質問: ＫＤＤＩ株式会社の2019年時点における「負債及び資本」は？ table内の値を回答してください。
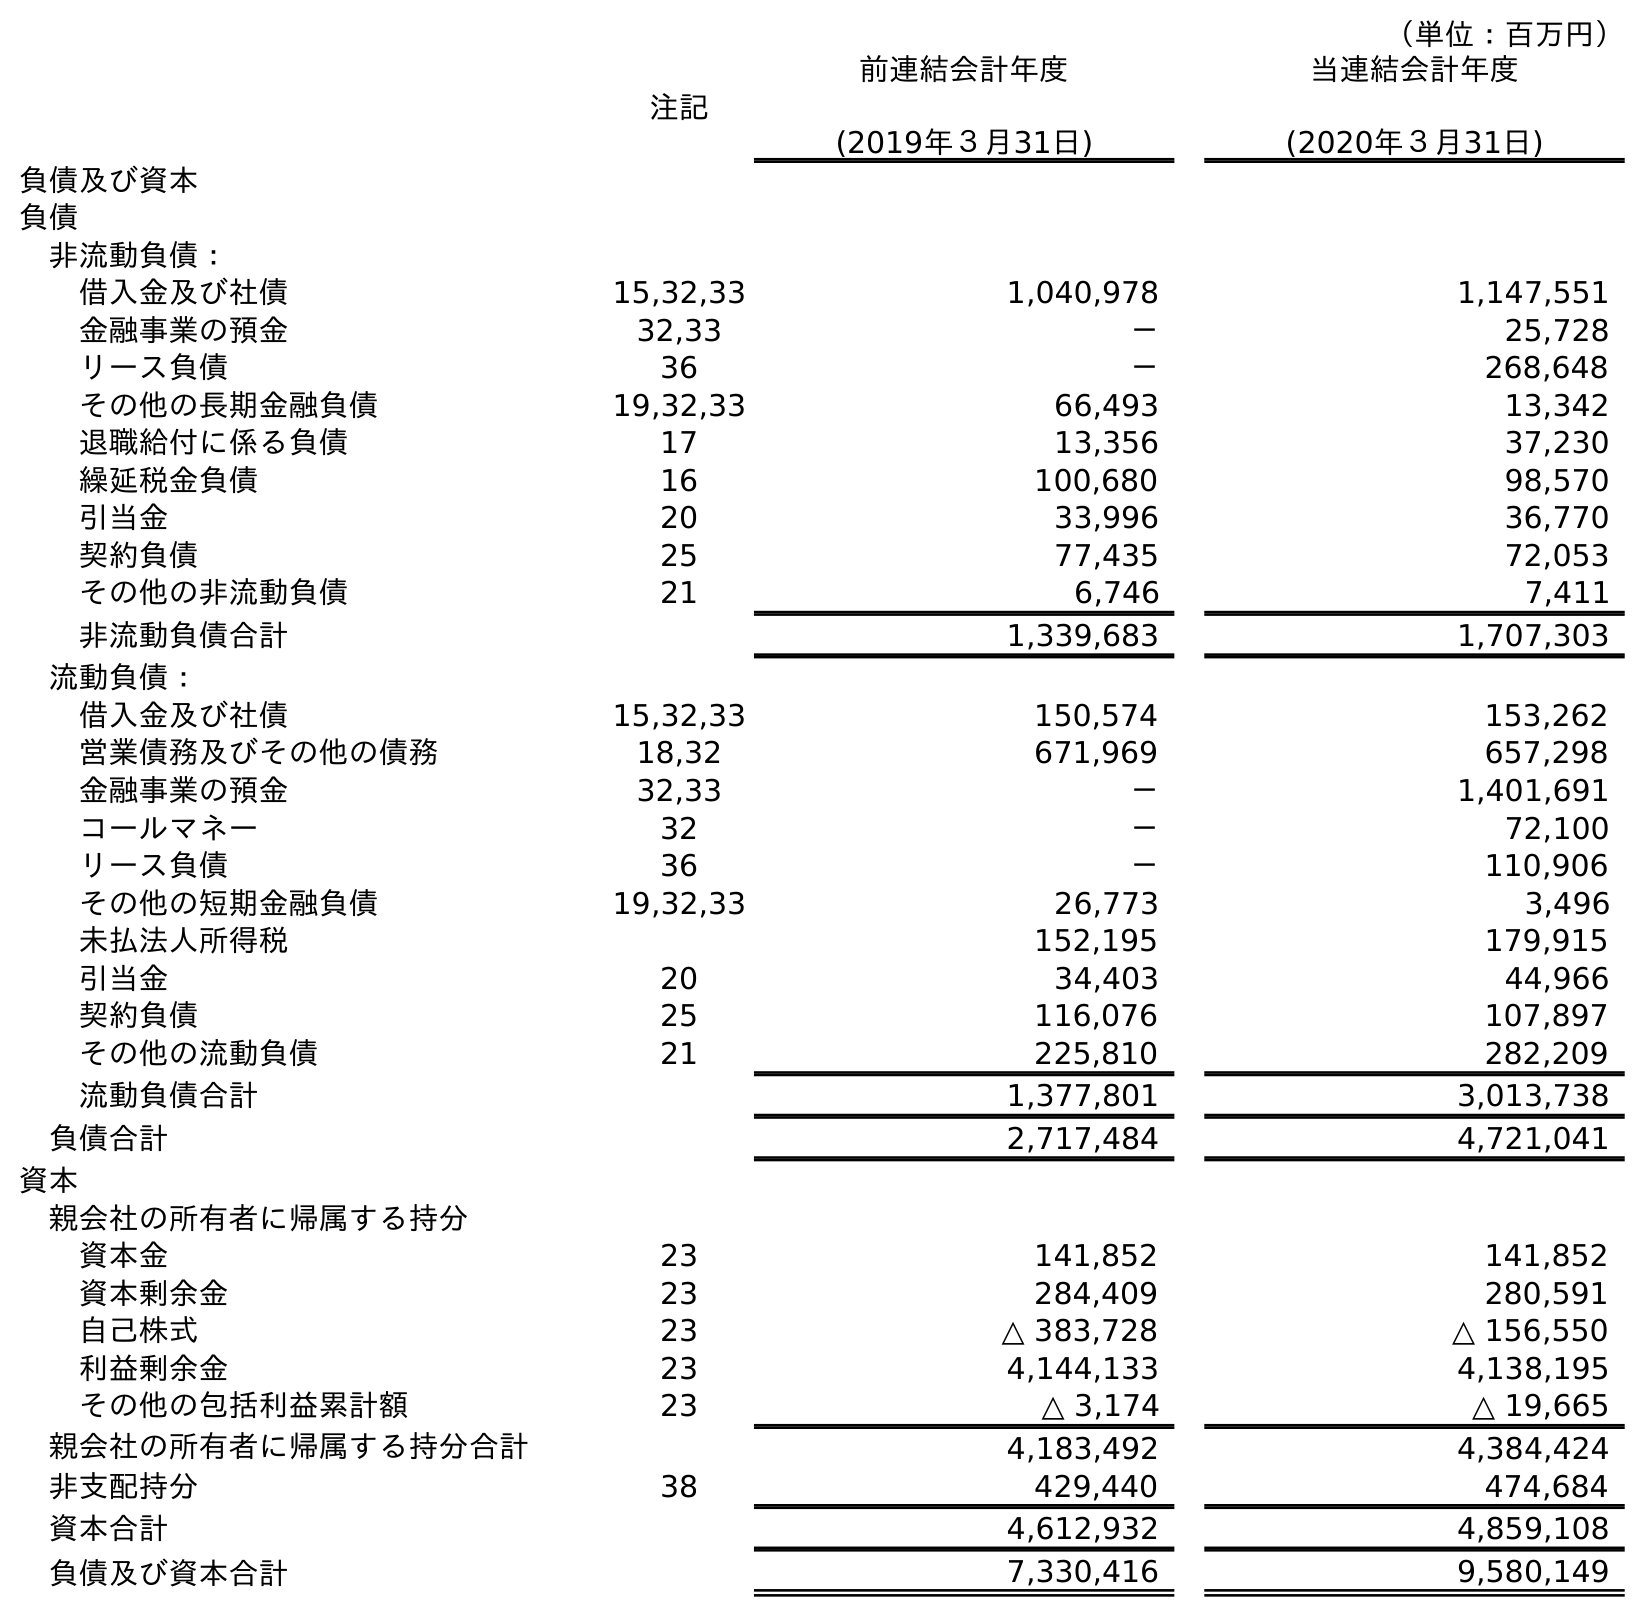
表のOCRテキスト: （単位：百万円） 注記 前連結会計年度 (2019年３月31日) 当連結会計年度 (2020年３月31日) 負債及び資本 負債 非流動負債： 借入金及び社債 15,32,33 1,040,978 1,147,551 金融事業の預金 32,33 － 25,728 リース負債 36 － 268,648 その他の長期金融負債 19,32,33 66,493 13,342 退職給付に係る負債 17 13,356 37,230 繰延税金負債 16 100,680 98,570 引当金 20 33,996 36,770 契約負債 25 77,435 72,053 その他の非流動負債 21 6,746 7,411 非流動負債合計 1,339,683 1,707,303 流動負債： 借入金及び社債 15,32,33 150,574 153,262 営業債務及びその他の債務 18,32 671,969 657,298 金融事業の預金 32,33 － 1,401,691 コールマネー 32 － 72,100 リース負債 36 － 110,906 その他の短期金融負債 19,32,33 26,773 3,496 未払法人所得税 152,195 179,915 引当金 20 34,403 44,966 契約負債 25 116,076 107,897 その他の流動負債 21 225,810 282,209 流動負債合計 1,377,801 3,013,738 負債合計 2,717,484 4,721,041 資本 親会社の所有者に帰属する持分 資本金 23 141,852 141,852 資本剰余金 23 284,409 280,591 自己株式 23 △ 383,728 △ 156,550 利益剰余金 23 4,144,133 4,138,195 その他の包括利益累計額 23 △ 3,174 △ 19,665 親会社の所有者に帰属する持分合計 4,183,492 4,384,424 非支配持分 38 429,440 474,684 資本合計 4,612,932 4,859,108 負債及び資本合計 7,330,416 9,580,149
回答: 7,330,416